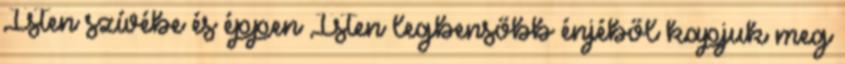
Isten szívébe és éppen Isten legbensőbb énjéből kapjuk meg